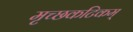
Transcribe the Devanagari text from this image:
मृच्छकटिकम्‌